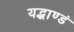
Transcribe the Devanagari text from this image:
यद्भाण्डं